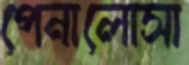
পেনালোসা